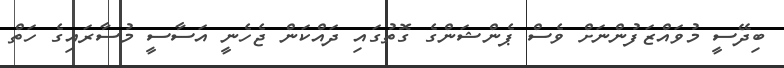
ބިދޭސީ މުވައްޒަފުންނަށް ވެސް ޕެންޝަންގެ ގޮތުގައި ދައްކަން ޖެހެނީ އަސާސީ މުސާރައިގެ ހަތް